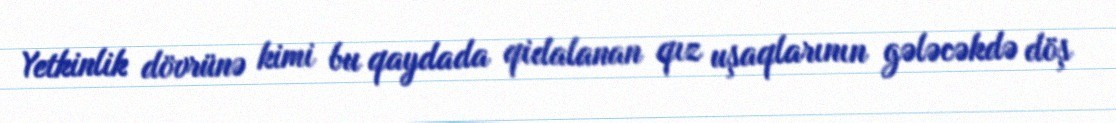
Yetkinlik dövrünə kimi bu qaydada qidalanan qız uşaqlarının gələcəkdə döş